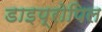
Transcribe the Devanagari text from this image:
डाइप्रोपिल